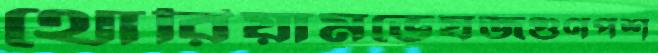
থোরিয়ামভেষজগুণপশ্